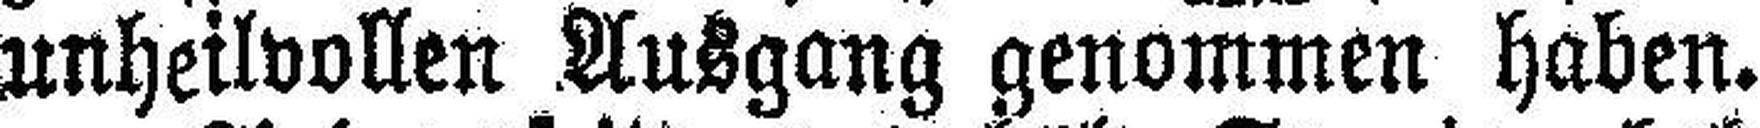
unheilvollen Ausgang genommen haben.